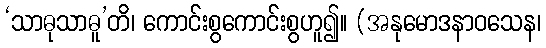
‘သာဓုသာဓူ’တိ၊ ကောင်းစွကောင်းစွဟူ၍။ (အနုမောဒနာဝသေန၊